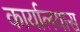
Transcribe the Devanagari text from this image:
कार्यालयास